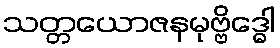
သတ္တယောဇနမုဗ္ဗိဒ္ဓေါ